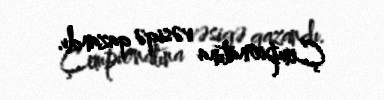
Çempionatına vəsiqə qazandı.